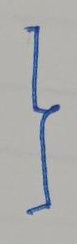
}